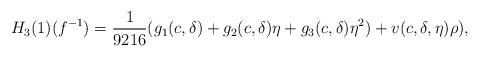
LaTeX: \begin{align*}H_3(1)(f^{-1})=\frac{1}{9216}(g_1(c,\delta)+g_2(c,\delta)\eta+g_3(c,\delta)\eta^2)+v(c,\delta,\eta)\rho),\end{align*}